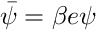
\bar { \psi } = \beta e \psi